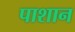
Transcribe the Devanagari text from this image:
पाशान